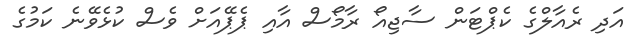
އަދި ރެއާލްގެ ކެޕްޓަން ސާޖިއޯ ރާމޯސް އާއި ޕެޕޭއަށް ވެސް ކުޅެވޭނެ ކަމުގެ